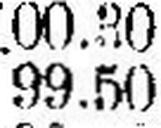
99.50